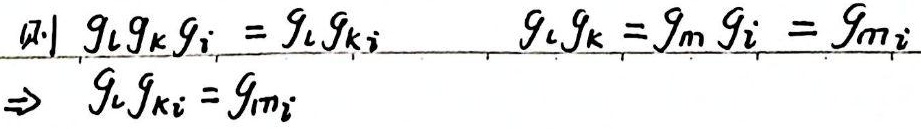
\textcircled{1}
\begin{align}
&g_{l}g_{k} g_{i}=g_{l}g_{k_{i}}\quad\quad g_{l}g_{k}=g_{m}g_{i}=g_{m_{i}}\\
\Rightarrow\ &g_{l}g_{k_{i}} = g_{m_{i}}
\end{align}